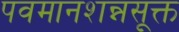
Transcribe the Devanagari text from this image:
पवमानशन्नसूक्त